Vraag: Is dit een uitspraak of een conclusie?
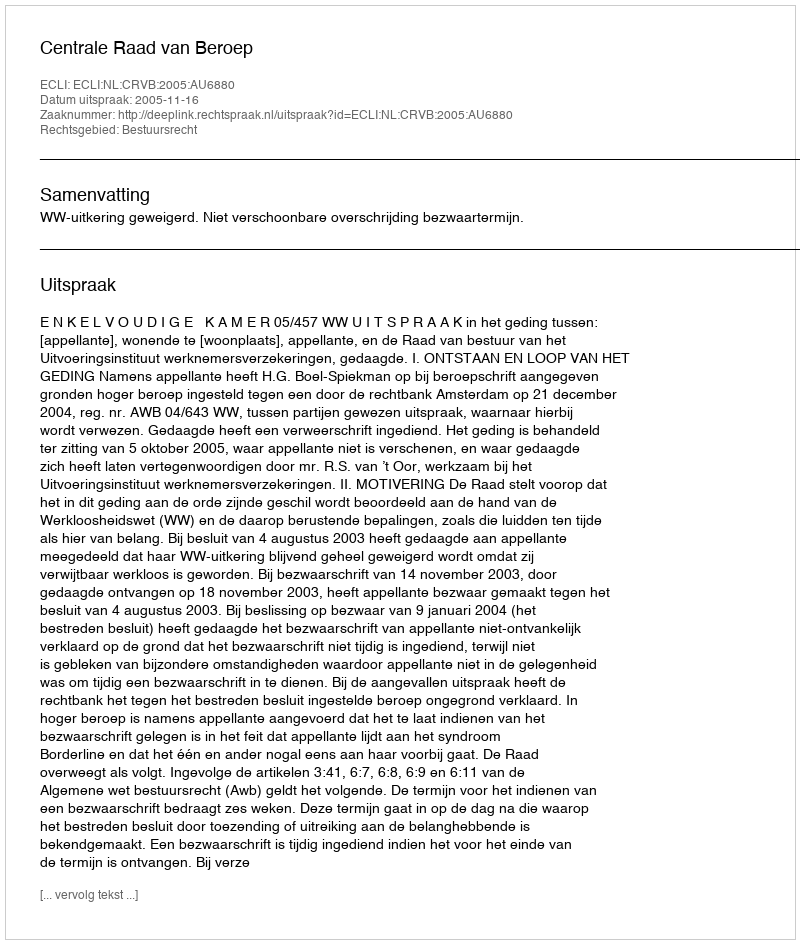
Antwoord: Uitspraak